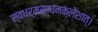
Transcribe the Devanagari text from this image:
स्वधर्मसाधनक्लेशात्‌।